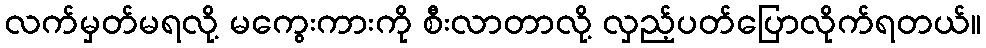
လက်မှတ်မရလို့ မကွေးကားကို စီးလာတာလို့ လှည့်ပတ်ပြောလိုက်ရတယ်။